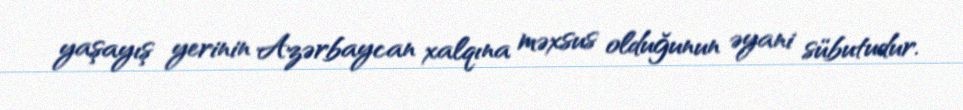
yaşayış yerinin Azərbaycan xalqına məxsus olduğunun əyani sübutudur.